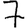
Digit: 7